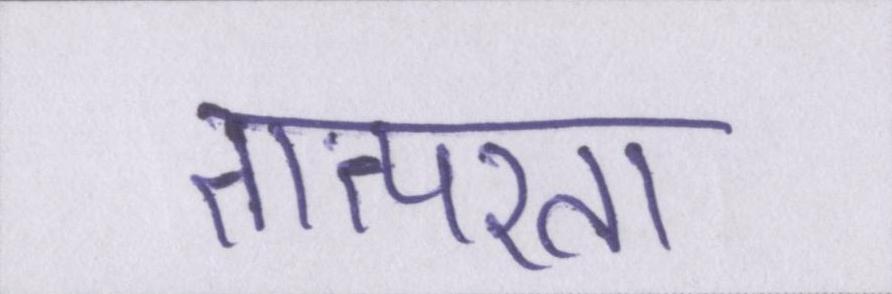
तात्परता